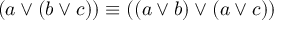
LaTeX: ( a \lor ( b \lor c ) ) \equiv ( ( a \lor b ) \lor ( a \lor c ) )